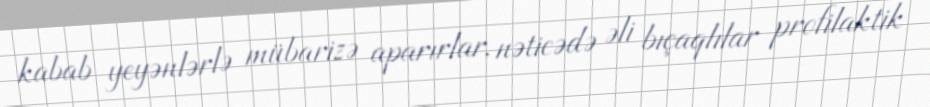
kabab yeyənlərlə mübarizə aparırlar, nəticədə əli bıçaqlılar profilaktik